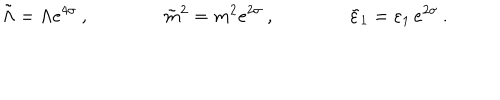
\tilde { \Lambda } = \Lambda e ^ { 4 \sigma } \: , \qquad \qquad \tilde { m } ^ { 2 } = m ^ { 2 } e ^ { 2 \sigma } \: , \qquad \qquad \tilde { \varepsilon } _ { 1 } = \varepsilon _ { 1 } \, e ^ { 2 \sigma } \: . \nonumber